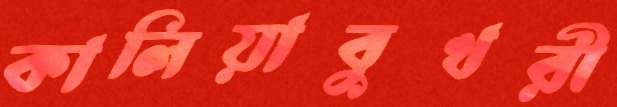
কালিয়াবুখরী